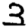
Digit: 3